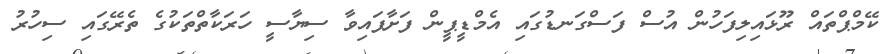
ކޭމްޕްތައް ރޫޅައިލިފަހުން އުސް ފަސްގަނޑުގައި އެމްޑީޕީން ފަށާފައިވާ ސިޔާސީ ހަރަކާތްތަކުގެ ތެރޭގައި ސިހުރު